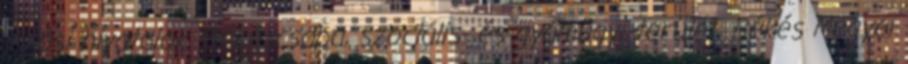
járási hivatalok. Békéscsaba, szociális- és gyámügyi terület, Békés Megyei